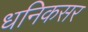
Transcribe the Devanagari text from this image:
धनिकसर